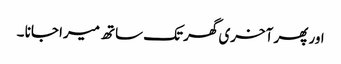
اور پھر آخری گھر تک ساتھ میرا جانا ۔